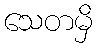
သေတမှိ